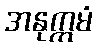
အနုက္ကမံ